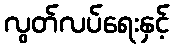
လွတ်လပ်ရေးနှင့်